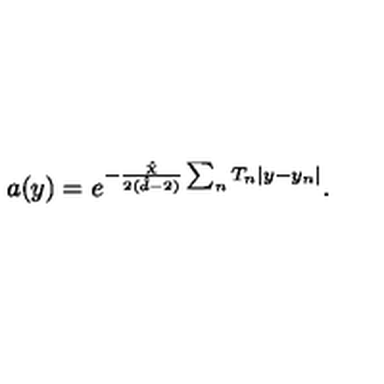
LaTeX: a ( y ) = e ^ { - \frac { \hat { \chi } } { 2 ( \hat { d } - 2 ) } \sum _ { n } T _ { n } | y - y _ { n } | } .